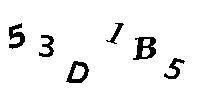
53D1B5